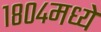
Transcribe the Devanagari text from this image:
१८०४मध्ये